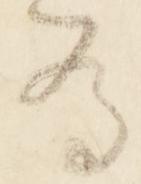
為